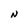
Character: N